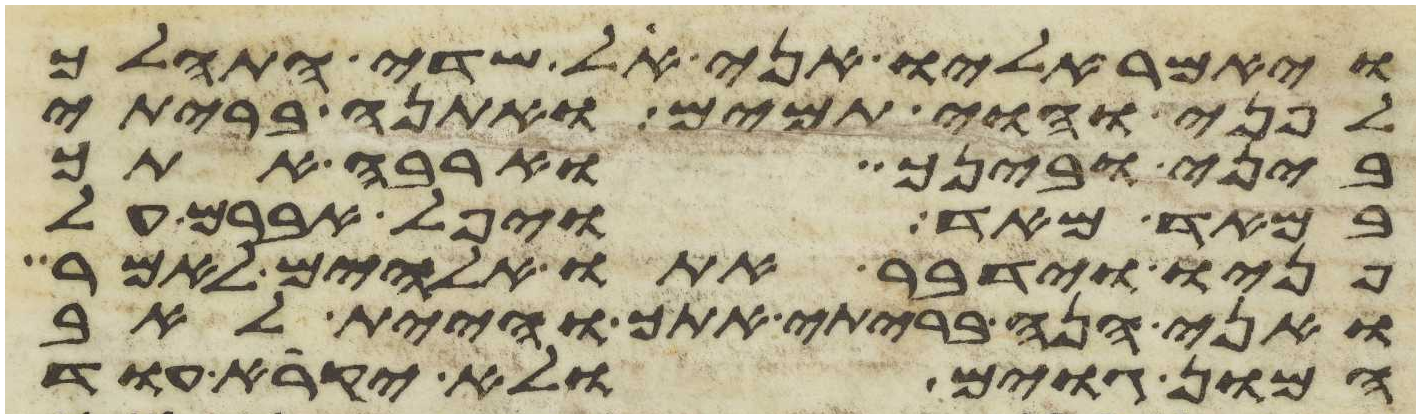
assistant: ויאמר אליו אני אל שדי התהלך
לפני והוי תמים ואתנה בריתי
ביני ובינך וארבה אתך
במאד מאד ויפל אברם על
פניו וידבר אתו אלהים לאמר
ואני הנה בריתי אתך והיית לאב
המון גוים ולא יקרא עוד